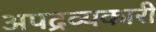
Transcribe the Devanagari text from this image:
अपद्रव्यकारी